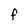
Character: f